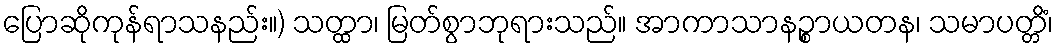
ပြောဆိုကုန်ရာသနည်း။) သတ္ထာ၊ မြတ်စွာဘုရားသည်။ အာကာသာနဉ္စာယတန၊ သမာပတ္တိံ၊